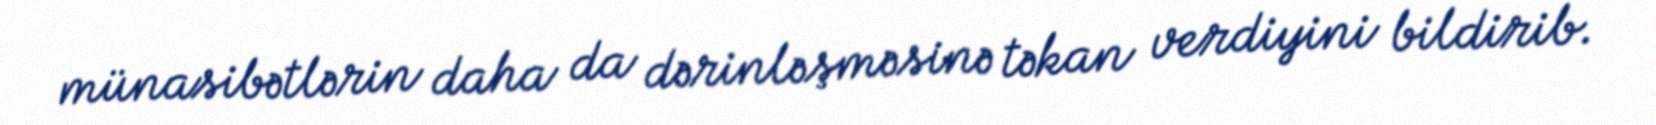
münasibətlərin daha da dərinləşməsinə təkan verdiyini bildirib.